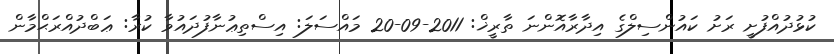
ކުޅުދުއްފުށީ ރަށު ކައުންސިލްގެ އިދާރާއޮންނަ ތާރީޚް: 2011-09-20 މައްސަލަ: އިސްތިޢުނާފުދައުވާ ކުރާ: ޢަބްދުއްރަޙްމާން